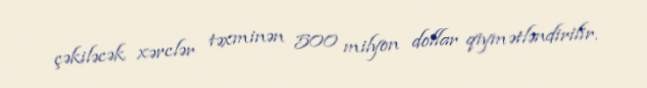
çəkiləcək xərclər təxminən 500 milyon dollar qiymətləndirilir.